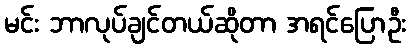
မင်း ဘာလုပ်ချင်တယ်ဆိုတာ အရင်ပြောဦး